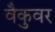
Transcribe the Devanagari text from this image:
वैकुवर